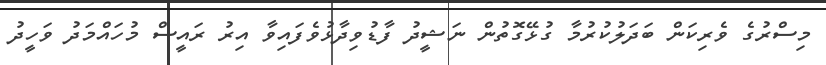
މިސްރުގެ ވެރިކަން ބަދަލުކުރުމާ ގުޅޭގޮތުން ނަޝީދު ފާޑުވިދާޅުވެފައިވާ އިރު ރައީސް މުހައްމަދު ވަހީދު